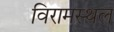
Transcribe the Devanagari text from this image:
विरामस्थल